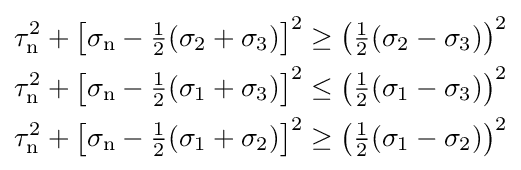
{\begin{aligned}\tau _{\mathrm {n} }^{2}+\left[\sigma _{\mathrm {n} }-{\tfrac {1}{2}}(\sigma _{2}+\sigma _{3})\right]^{2}\geq \left({\tfrac {1}{2}}(\sigma _{2}-\sigma _{3})\right)^{2}\\\tau _{\mathrm {n} }^{2}+\left[\sigma _{\mathrm {n} }-{\tfrac {1}{2}}(\sigma _{1}+\sigma _{3})\right]^{2}\leq \left({\tfrac {1}{2}}(\sigma _{1}-\sigma _{3})\right)^{2}\\\tau _{\mathrm {n} }^{2}+\left[\sigma _{\mathrm {n} }-{\tfrac {1}{2}}(\sigma _{1}+\sigma _{2})\right]^{2}\geq \left({\tfrac {1}{2}}(\sigma _{1}-\sigma _{2})\right)^{2}\\\end{aligned}}